Lunatic asylums Punjab 1911-1921 - 1911-1921
Year: 1911
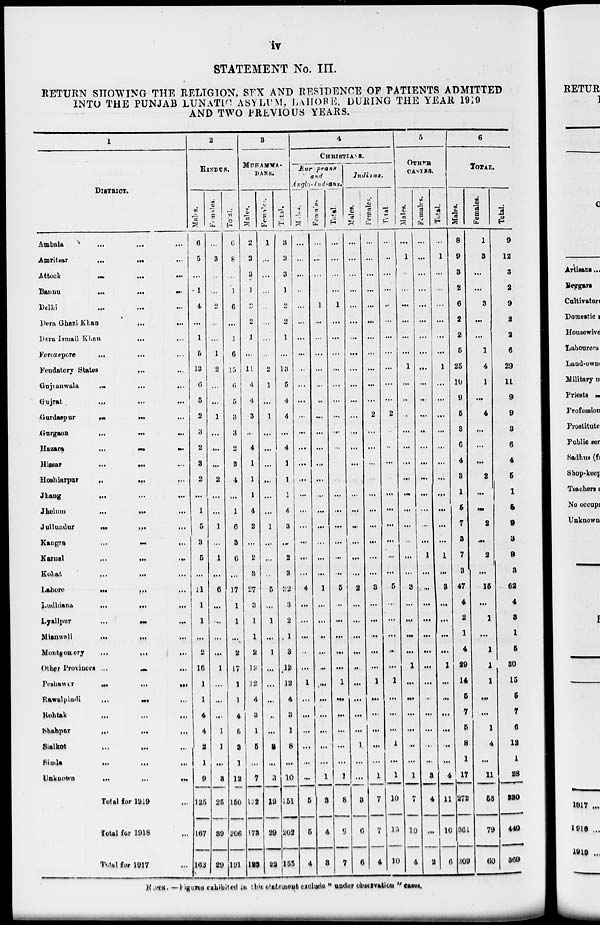
iv
STATEMENT No. III.
RETURN SHOWING THE RELIGION, SEX AND RESIDENCE OF PATIENTS ADMITTED
INTO THE PUNJAB LUNATIC ASYLUM, LAHORE, DURING THE YEAR 1919
AND TWO PREVIOUS YEARS.
1
DISTRICT.
Ambala ... ... ...
Amritsar
...
...
...
Attock ... ... ...
Bannu
...
...
...
Delhi
...
...
...
Dera Ghazi
Khan
...
...
Dera Ismail Khan
... ...
Ferozepore
...
... ...
Feudatory States
...
...
Gujranwala
...
...
...
Gujrat ... ... ...
Gurdaspur ... ... ...
Gurgaon ... ... ...
Hazara
...
...
...
Hissar
...
...
...
Hoshiarpur
...
...
...
Jhang ... ... ...
Jhelum
...
...
...
Jullundur
...
...
...
Kangra
...
...
....
Karnal ... ... ...
Kohat
...
...
...
Lahore
...
...
...
Ludhiana
...
...
...
Lyallpur
...
...
...
Mianwali
...
...
...
Montgomery ... ... ...
Other Provinces ... ... ...
Peshawar
...
...
...
Rawalpindi
...
...
...
Rohtak ... ... ...
Shahpur ... ... ...
Sialkot ... ... ...
Simla ... ... ...
Unknown
...
...
...
Total for 1919 ...
Total for 1918 ...
Total for 1917 ...
2
HINDUS.
Males.
6
5
...
1
4
...
1
5
13
6
5
2
3
2
3
2
...
1
5
3
5
...
11
1
1
...
2
16
1
1
4
4
2
1
9
125
167
162
Females.
...
3
...
...
2
...
...
1
2
...
...
1
...
...
...
2
...
...
1
...
1
...
6
...
...
...
...
1
...
...
...
1
1
...
3
25
39
29
Total.
6
8
...
1
6
...
1
6
15
6
5
3
3
2
3
4
...
1
6
3
6
...
17
1
1
...
2
17
1
1
4
5
3
1
12
150
206
191
3
MUHAMMA-
DANS.
Males.
2
3
3
1
2
2
1
...
11
4
4
3
...
4
1
1
1
4
2
...
2
3
27
3
1
1
2
12
12
4
3
1
5
...
7
132
173
123
Females.
1
...
...
...
...
...
...
...
2
1
...
1
...
...
...
...
...
...
1
...
...
...
5
...
1
...
1
...
...
...
...
...
2
...
3
19
29
22
Total.
3
3
3
1
2
2
1
...
13
5
4
4
...
4
1
1
1
4
3
...
2
3
32
3
2
1
3
12
12
4
3
1
8
...
10
151
202
155
4
CHRISTIANS.
Europeans
Anglo- Indians.
Males.
...
...
...
...
...
...
...
...
...
...
...
...
...
...
...
...
...
...
...
...
...
...
4
...
...
...
...
...
1
...
...
...
...
...
...
5
5
4
Females.
...
...
...
...
1
...
...
...
...
...
...
...
...
...
...
...
...
...
...
...
...
...
1
...
...
...
...
...
...
...
...
...
...
...
1
3
4
3
Total.
...
...
...
...
1
...
...
...
...
...
...
...
...
...
...
...
...
...
...
...
...
...
5
..
...
...
...
...
1
...
...
...
...
...
1
8
9
7
Indians.
Males.
...
...
...
...
...
...
...
...
...
...
...
...
...
...
...
...
...
...
...
...
...
...
2
...
...
...
...
...
...
...
...
...
1
...
...
8
6
6
Females.
...
...
...
...
...
...
...
...
...
...
...
2
...
...
...
...
...
...
...
...
...
...
3
...
...
...
...
...
1
...
...
...
...
...
1
7
7
4
Total.
...
...
...
...
...
...
...
...
...
...
...
2
...
...
...
...
...
...
...
...
...
...
5
...
...
...
...
...
1
...
...
...
1
...
1
10
13
10
5
OTHER
CASTES.
Males.
...
1
...
...
...
...
...
...
1
...
...
...
...
...
...
...
...
...
...
...
...
...
3
...
...
...
...
1
...
...
...
...
...
...
1
7
10
4
Females.
...
...
...
...
...
...
...
...
...
...
...
...
...
...
...
...
...
...
...
...
1
...
...
...
...
...
...
...
...
...
...
...
...
...
3
4
...
2
Total.
...
1
...
...
...
...
...
...
1
...
...
...
...
...
...
...
...
...
...
...
1
...
3
...
...
...
...
1
...
...
...
...
...
...
4
11
10
6
6
TOTAL.
Males.
8
9
3
2
6
2
2
5
25
10
9
5
3
6
4
3
1
5
7
3
7
3
47
4
2
1
4
29
14
5
7
5
8
1
17
272
361
309
Females.
1
3
...
...
3
...
...
1
4
1
...
4
...
...
...
2
...
...
2
...
2
...
15
...
1
...
1
1
1
...
...
1
4
...
11
58
79
60
Total.
9
12
3
2
9
2
2
6
29
11
9
9
3
6
4
5
1
5
9
3
9
3
62
4
3
1
5
30
15
5
7
6
12
1
28
330
440
369
NOTE. — Figures exhibited in this statement exclude " under observation " cases.